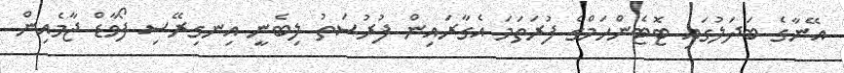
އޭނާގެ ބަދަލުގައި ޓޮޓެންހަމްގެ ފުރަތަމަ އެގާރައިން ފުރުސަތު ލިބެނީ އިނގިރޭސި ފޯވާޑް ޖާމެއިން